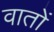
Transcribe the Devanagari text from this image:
वातों